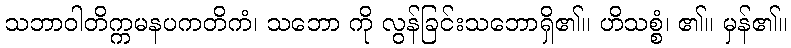
သဘာဝါတိက္ကမနပကတိကံ၊ သဘော ကို လွန်ခြင်းသဘောရှိ၏။ ဟိသစ္စံ၊ ၏။ မှန်၏။